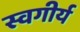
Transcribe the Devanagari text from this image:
स्वगीर्य